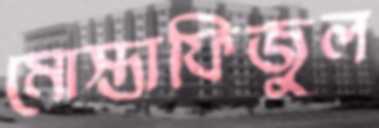
মোস্তাফিজুল